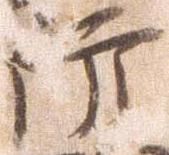
防